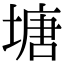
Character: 塘